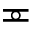
\eqcirc